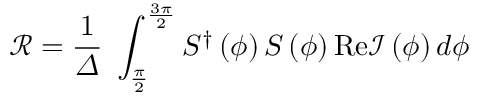
\mathcal { R } = \frac { 1 } { \varDelta } \, \, \int _ { \frac { \pi } { 2 } } ^ { \frac { 3 \pi } { 2 } } { S ^ { \dagger } \left( \phi \right) S \left( \phi \right) \mathrm { R e } \mathcal { I } \left( \phi \right) d \phi }